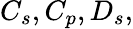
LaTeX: C_{s},C_{p},D_{s},